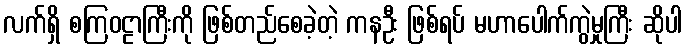
လက်ရှိ စကြဝဠာကြီးကို ဖြစ်တည်စေခဲ့တဲ့ ကနဦး ဖြစ်ရပ် မဟာပေါက်ကွဲမှုကြီး ဆိုပါ